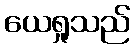
ယေရှုသည်